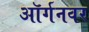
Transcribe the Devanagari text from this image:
ऑर्गनवर